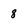
Character: 8